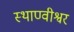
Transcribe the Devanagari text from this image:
स्थाण्वीश्वर